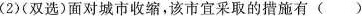
(2)(双选)面对城市收缩，该市宜采取的措施有 ()